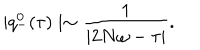
LaTeX: \mid q _ { - } ^ { 0 } ( \tau ) \mid \sim \frac { 1 } { \mid 2 N \omega - \tau \mid } .